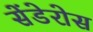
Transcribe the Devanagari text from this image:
सेंडेरोस